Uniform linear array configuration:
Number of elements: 8
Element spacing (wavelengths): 0.5
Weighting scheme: uniform
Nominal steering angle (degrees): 60
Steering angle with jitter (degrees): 60.043
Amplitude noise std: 0.05
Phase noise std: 0.05

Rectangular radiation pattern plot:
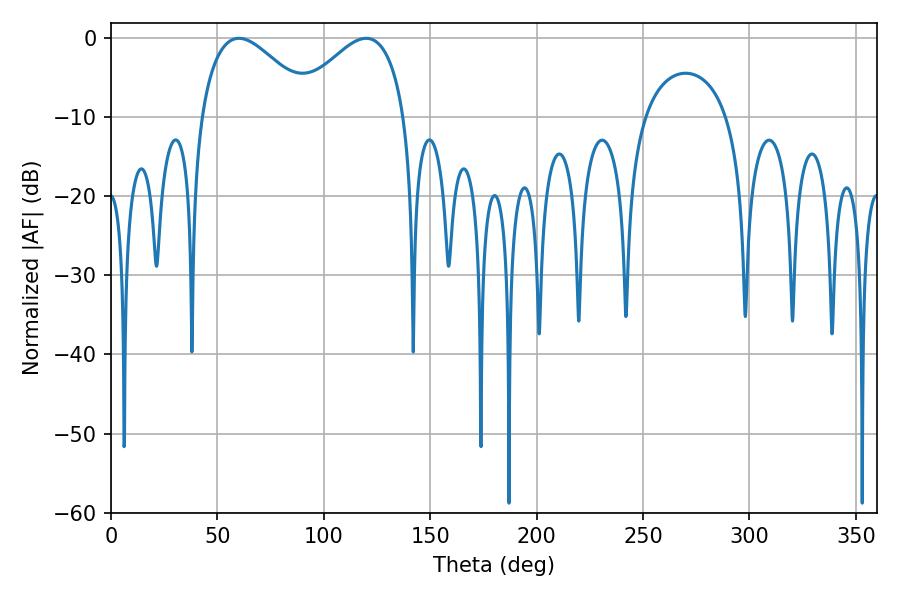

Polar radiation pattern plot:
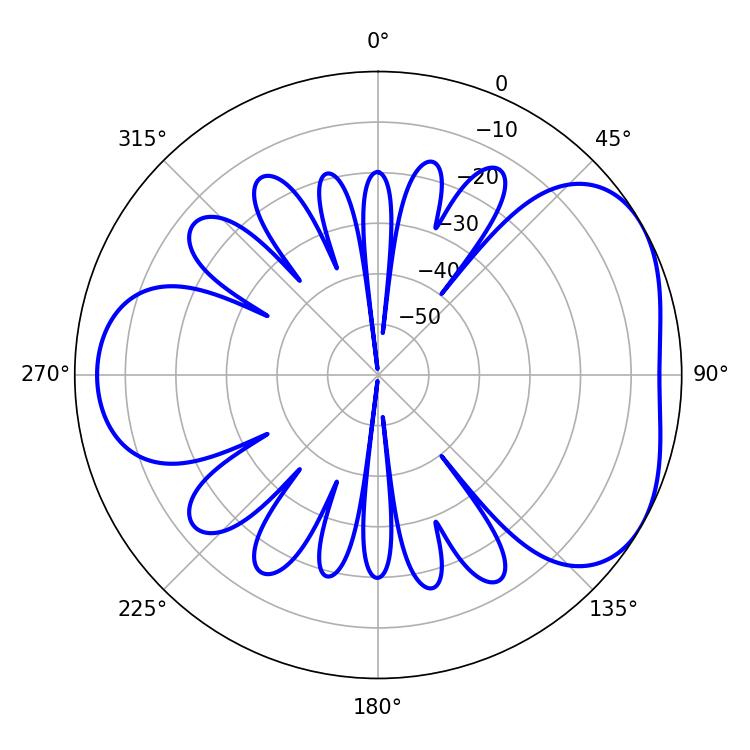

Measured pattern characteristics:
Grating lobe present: FALSE
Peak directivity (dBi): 4.347
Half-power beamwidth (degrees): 28.98
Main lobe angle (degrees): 60.12